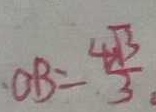
O B = \frac { 4 \sqrt { 3 } } { 3 } .